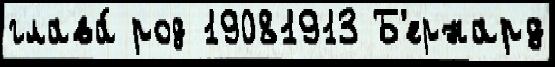
глава́ род 19081913 Б'ернард